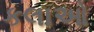
કલાઓ